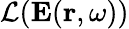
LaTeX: \mathcal{L}(\mathbf{E}(\mathbf{r},\omega))